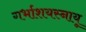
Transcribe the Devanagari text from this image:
गर्भाशयस्नायू